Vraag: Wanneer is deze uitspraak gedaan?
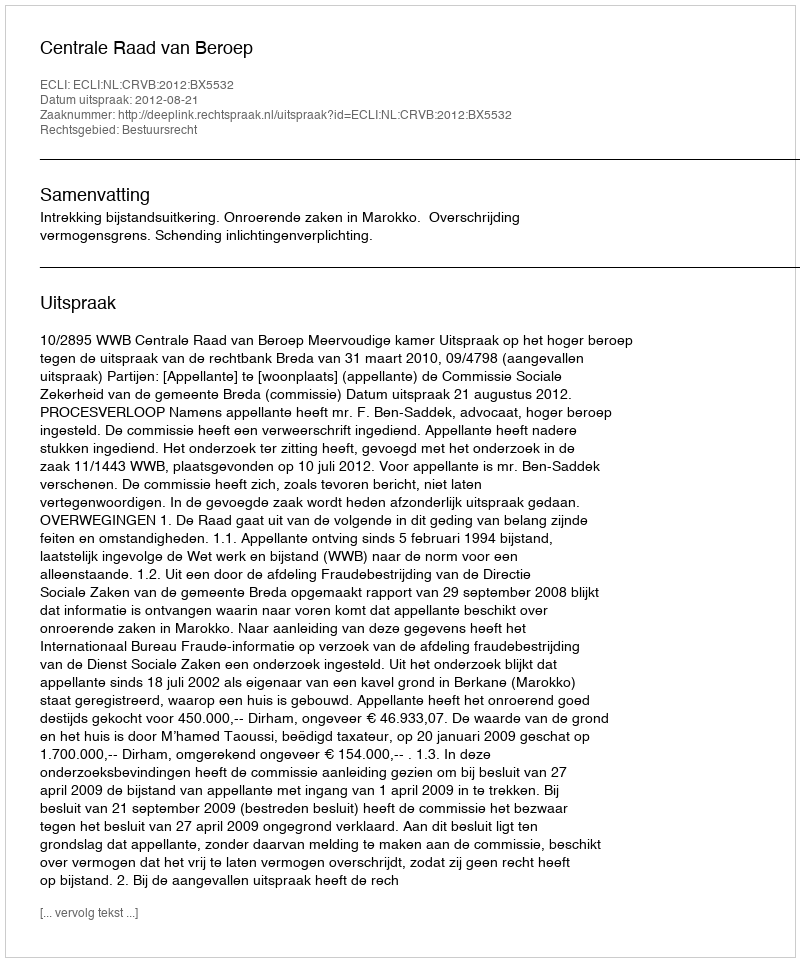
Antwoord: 2012-08-21